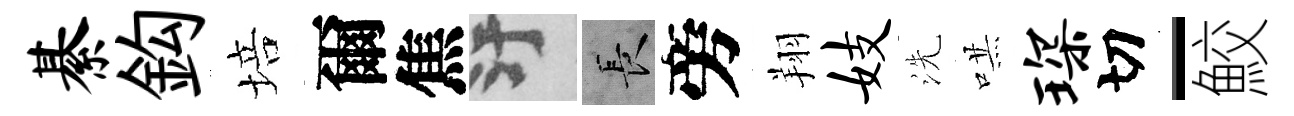
綦鈎培爾焦污长旁翔妓洗哄琛切-鮫